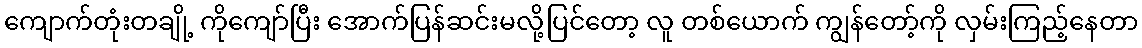
ကျောက်တုံးတချို့ ကိုကျော်ပြီး အောက်ပြန်ဆင်းမလို့ပြင်တော့ လူ တစ်ယောက် ကျွန်တော့်ကို လှမ်းကြည့်နေတာ